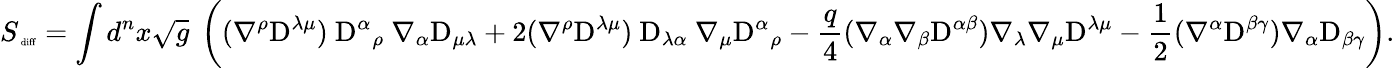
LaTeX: S_{\mathrm{\tiny~diff}}=\int d^{n}x\sqrt{g}~\left((\nabla^{\rho}\mathrm{D}^{\lambda\mu})~\mathrm{D}^{\alpha}{}_{\rho}~\nabla_{\alpha}\mathrm{D}_{\mu\lambda}+2(\nabla^{\rho}\mathrm{D}^{\lambda\mu})~\mathrm{D}_{\lambda\alpha}~\nabla_{\mu}\mathrm{D}^{\alpha}{}_{\rho}-\frac{q}4(\nabla_{\alpha}\nabla_{\beta}\mathrm{D}^{\alpha\beta}){}\nabla_{\lambda}\nabla_{\mu}{}\mathrm{D}^{\lambda\mu}{}-\frac 12(\nabla^{\alpha}\mathrm{D}^{\beta\gamma})\nabla_{\alpha}\mathrm{D}_{\beta\gamma}\right).